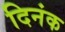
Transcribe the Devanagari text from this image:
दिनंक